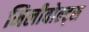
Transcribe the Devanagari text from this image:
मिलीवोल्ट्स